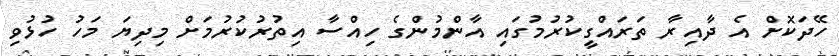
ހޭދަކޮށް އެ ދާއިރާ ތަރައްގީކުރުމުގައި އާންމުންގެ ހިއްސާ އިތުރުކުރުމަށް މިދިޔަ މަހު ހުޅުވި